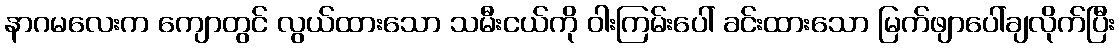
နာဂမလေးက ကျောတွင် လွယ်ထားသော သမီးငယ်ကို ဝါးကြမ်းပေါ် ခင်းထားသော မြက်ဖျာပေါ်ချလိုက်ပြီး